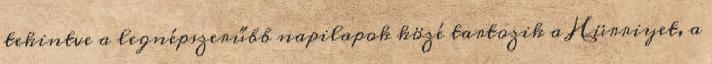
tekintve a legnépszerűbb napilapok közé tartozik a Hürriyet, a